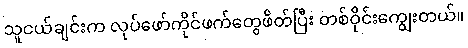
သူငယ်ချင်းက လုပ်ဖော်ကိုင်ဖက်တွေဖိတ်ပြီး တစ်ဝိုင်းကျွေးတယ်။